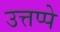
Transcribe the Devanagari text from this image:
उत्तप्पे